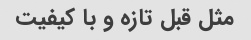
مثل قبل تازه و با کیفیت